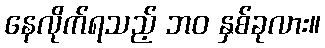
နေလိုက်ရသည့် ဘဝ နှစ်ခုလား။